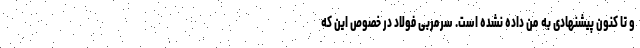
و تا کنون پیشنهادی به من داده نشده است. سرمربی فولاد در خصوص این که